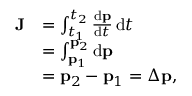
{ \begin{array} { r l } { \mathbf { J } } & { = \int _ { t _ { 1 } } ^ { t _ { 2 } } { \frac { \mathrm { d } \mathbf { p } } { \mathrm { d } t } } \, \mathrm { d } t } \\ & { = \int _ { \mathbf { p } _ { 1 } } ^ { \mathbf { p } _ { 2 } } \mathrm { d } \mathbf { p } } \\ & { = \mathbf { p } _ { 2 } - \mathbf { p } _ { 1 } = \Delta \mathbf { p } , } \end{array} }